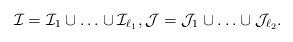
LaTeX: \begin{align*} \mathcal I = \mathcal I_1 \cup \ldots \cup \mathcal I_{\ell_1}, \mathcal J = \mathcal J_1 \cup \ldots \cup \mathcal J_{\ell_2}.\end{align*}